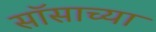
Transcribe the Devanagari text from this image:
सॉसाच्या